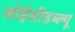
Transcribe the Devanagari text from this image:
जोईसीडब्ल्यू